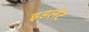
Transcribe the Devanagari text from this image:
इडलेट